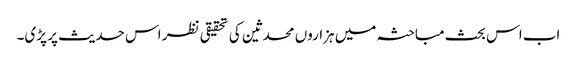
اب اس بحث مباحثہ میں ہزاروں محدثین کی تحقیقی نظر اس حدیث پر پڑی۔